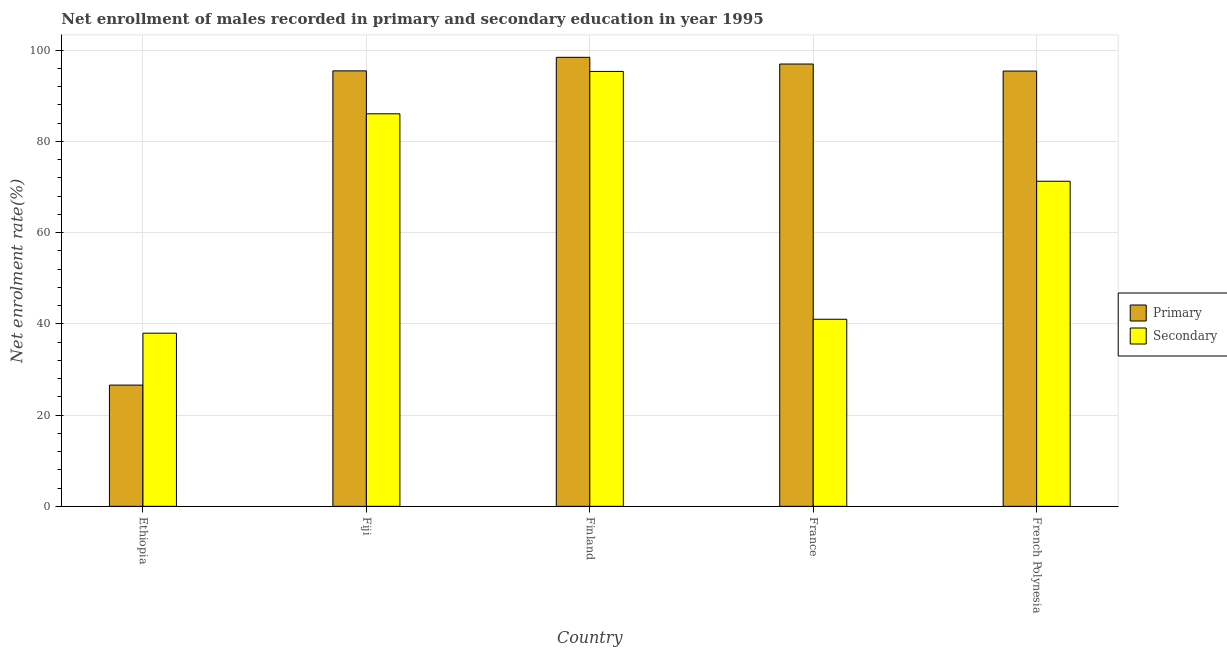
| Country | Primary | Secondary |
 | --- | --- | --- |
 | Ethiopia | 26.6 | 38 |
 | Fiji | 95.5 | 86 |
 | Finland | 98.4 | 95.3 |
 | France | 97 | 41 |
 | French Polynesia | 95.4 | 71.3 |